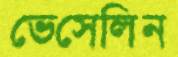
ভেসেলিন